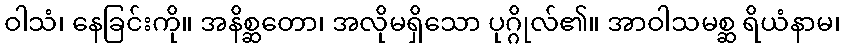
ဝါသံ၊ နေခြင်းကို။ အနိစ္ဆတော၊ အလိုမရှိသော ပုဂ္ဂိုလ်၏။ အာဝါသမစ္ဆ ရိယံနာမ၊